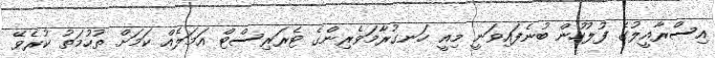
އިސްރާއީލުގެ ފުލުހުން ބުނެފައިވަނީ މިއީ ހަނގުރާމަވެރިންގެ ޓެރަރިސްޓް އަމަލެއް ކަމަށް ތުހުމަތު ކުރެވޭ